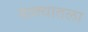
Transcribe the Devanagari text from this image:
वाक्यातला